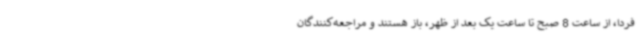
فردا، از ساعت 8 صبح تا ساعت یک بعد از ظهر، باز هستند و مراجعه‌کنندگان